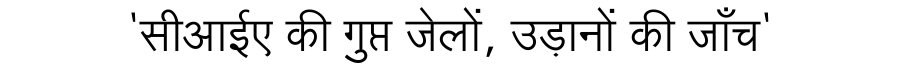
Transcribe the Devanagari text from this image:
'सीआईए की गुप्त जेलों, उड़ानों की जाँच'